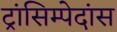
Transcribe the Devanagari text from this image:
ट्रांसिम्पेदांस